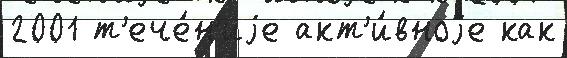
2001 т'ече́н'иjе акт'и́вноjе как